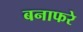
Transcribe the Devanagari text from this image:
बनाफरे